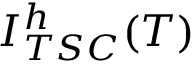
I _ { T S C } ^ { h } ( T )